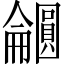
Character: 𫭕